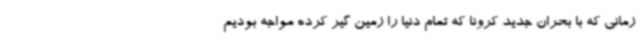
زمانی که با بحران جدید کرونا که تمام دنیا را زمین گیر کرده مواجه بودیم